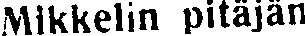
Mikkelin pitäjän